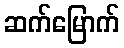
ဆက်မြောက်